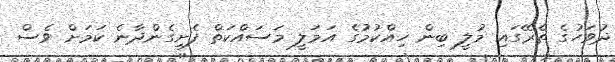
ދުވަހުގެ ތެރޭގައި މުލީ ބިން ހިއްކުމުގެ އަމަލީ މަސައްކަތް ފެށިގެންދާނެ ކަމަށް ވެސް